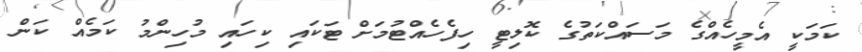
ކަމަކީ އެމީހެއްގެ މަސައްކަތުގެ ކޮލިޓީ ހިފެހެއްޓުމަށް ޓަކައި ކިހައި މުހިންމު ކަމެއް ކަން